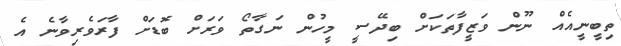
ތިބީނީއެއް ނޫން ވަޒީފާތަކަށް ބިދޭސީ މީހުން ނަގާތޯ ވަރަށް ބޮޑަށް ފާރަވެރިވާނެ އެ